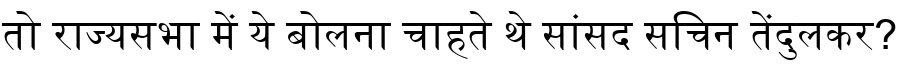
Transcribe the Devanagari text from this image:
तो राज्यसभा में ये बोलना चाहते थे सांसद सचिन तेंदुलकर?